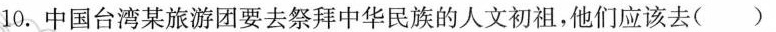
10. 中国台湾某旅游团要去祭拜中华民族的人文初祖，他们应该去( )